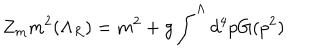
Z _ { m } m ^ { 2 } ( \Lambda _ { R } ) = m ^ { 2 } + g \int ^ { \Lambda } d ^ { 4 } p G ( p ^ { 2 } )